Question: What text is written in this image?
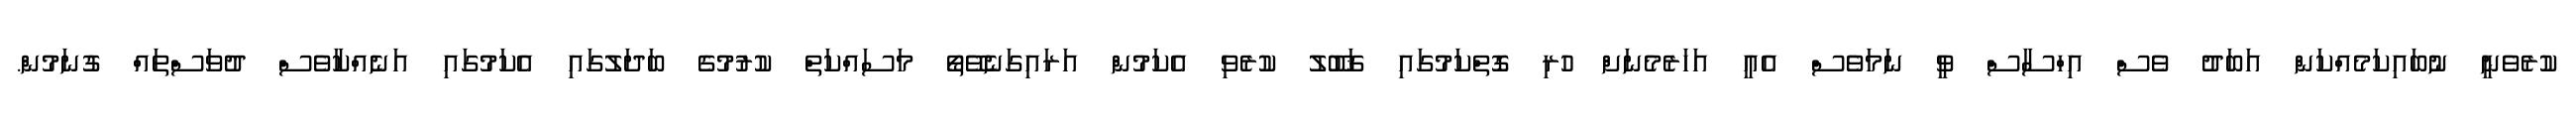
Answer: ކުރެވެނީ ނުބައިކަމެއްކަން އަބަދު ވެސް އިހްސާސް ވީ ނަމަވެސް އެއީ އަހަރެމެނަށް ހުރި ގޮތްކަމުގައި ޤަބޫލު ކުރެވި އެކަމުން އަރައިގަނެވޭތޯ މަސައްކަތް ކުރުމުގެ ބަދަލުގައި އެކަމުގައި އަނެއްކާވެސް ދުވަސްތައް ގުނަމުން.